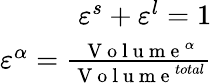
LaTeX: \begin{array}{r}{\varepsilon^{s}+\varepsilon^{l}=1}\\ {\varepsilon^{\alpha}=\frac{\mathrm{~V~o~l~u~m~e~}^{\alpha}}{\mathrm{~V~o~l~u~m~e~}^{total}}}\end{array}